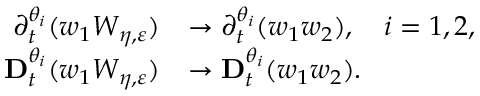
\begin{array} { r l } { \partial _ { t } ^ { \theta _ { i } } ( w _ { 1 } W _ { \eta , \varepsilon } ) } & { \to \partial _ { t } ^ { \theta _ { i } } ( w _ { 1 } w _ { 2 } ) , \quad i = 1 , 2 , } \\ { \mathbf { D } _ { t } ^ { \theta _ { i } } ( w _ { 1 } W _ { \eta , \varepsilon } ) } & { \to \mathbf { D } _ { t } ^ { \theta _ { i } } ( w _ { 1 } w _ { 2 } ) . } \end{array}